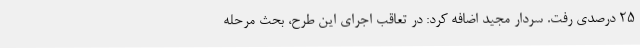
۲۵ درصدی رفت. سردار مجید اضافه کرد: در تعاقب اجرای این طرح، بحث مرحله